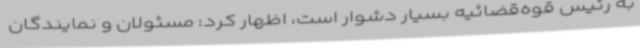
به رئیس قوه‌قضائیه بسیار دشوار است، اظهار کرد: مسئولان و نمایندگان